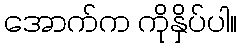
အောက်က ကိုနှိပ်ပါ။